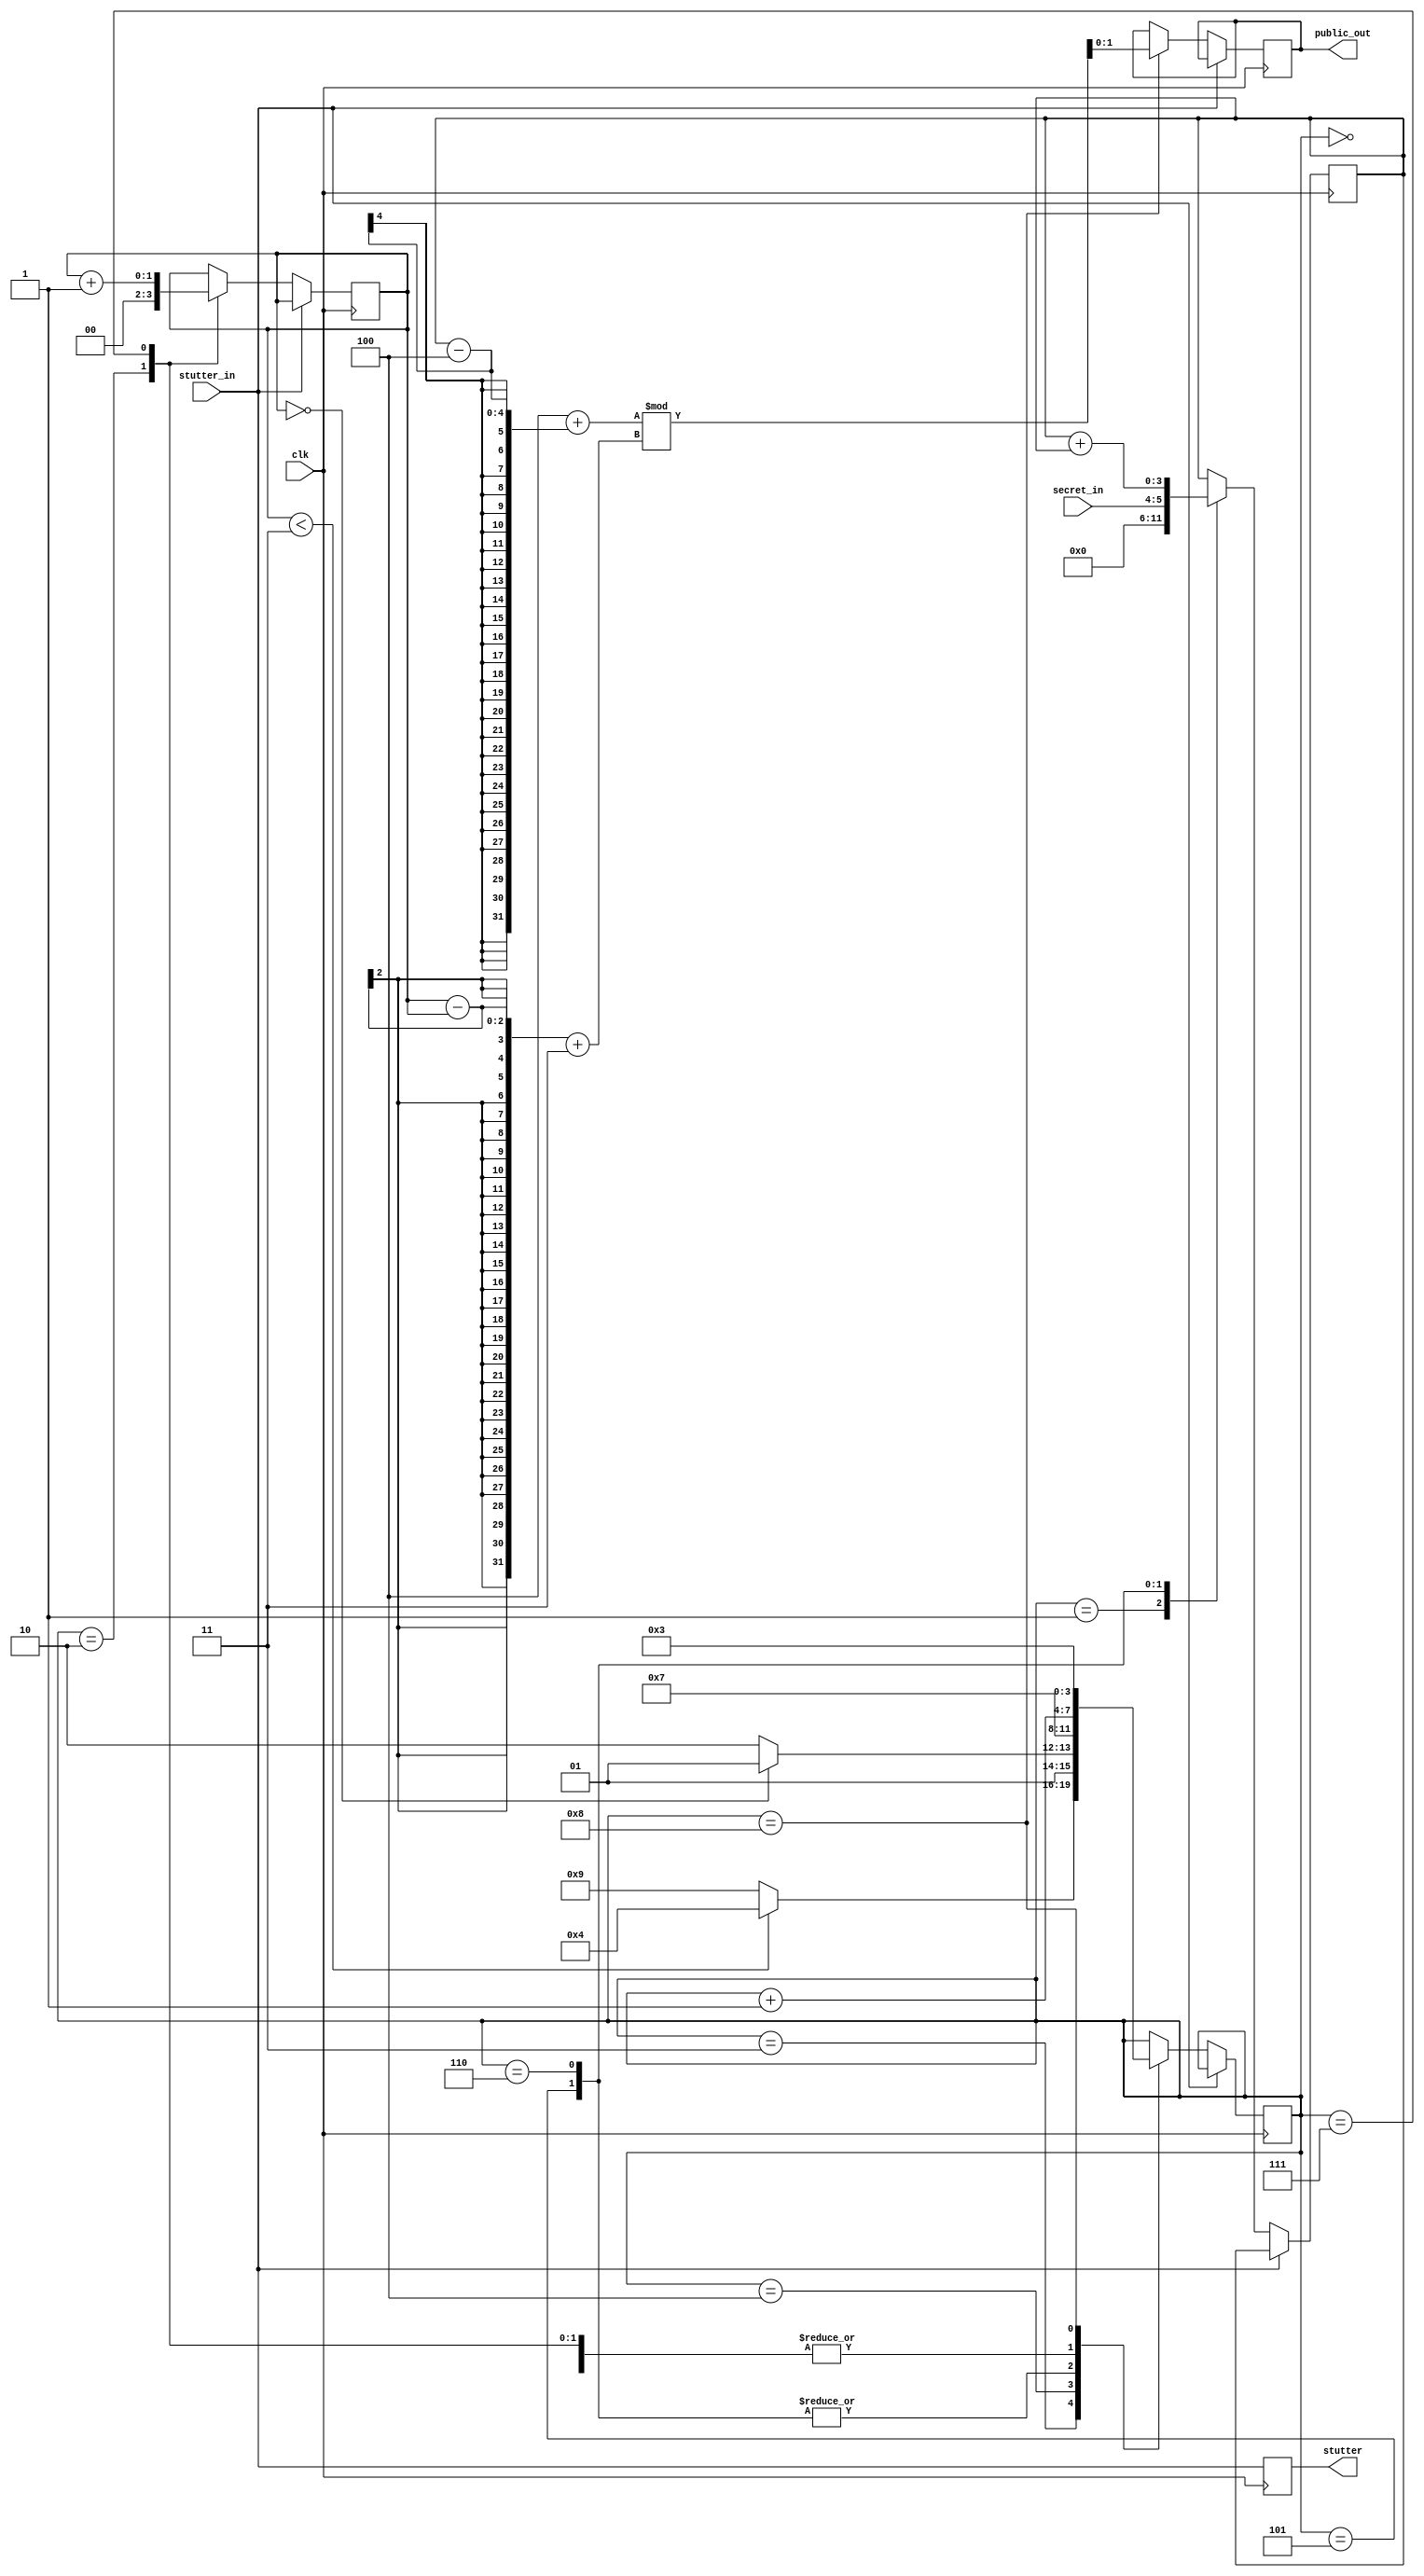
module SOURCE_CODEBLOCK(
    input clk,
    input stutter_in,
    input [1:0] secret_in,

    output reg [1:0] public_out,
    output reg stutter
);

    reg [3:0] computation_step;
    reg [3:0] x;
    reg [1:0] k;

    initial begin
        computation_step <= 0;
        x <= 0;
        k <= 0;
        public_out <= 0;
        stutter <= 0;
    end

    always @(posedge clk) begin
        stutter <= stutter_in;
        if (!stutter_in) begin
            case (computation_step)
                0:
                begin
                    computation_step <= computation_step + 1;
                end
                1:
                begin
                    x <= 0;
                    computation_step <= computation_step + 1;;
                end
                2:
                begin
                    k <= 0;
                    computation_step <= computation_step + 1;
                end
                3:
                begin
                    computation_step <= (k < 3) ? 4 : 9;
                end
                4:
                begin
                    computation_step <= (k == 0) ? 5 : 6;
                end
                5:
                begin
                    x <= secret_in;
                    computation_step <= 7;
                end
                6:
                begin
                    x <= x + x;
                    computation_step <= 7;
                end
                7:
                begin
                    k <= k + 1;
                    computation_step <= computation_step + 1;
                end
                8:
                begin
                    public_out <= (4 + (x - 4)) % ((k - k) + 3);
                    computation_step <= 3;
                end
                9:
                begin
                    
                end
            endcase
        end
    end

endmodule